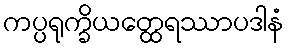
ကပ္ပရုက္ခိယတ္ထေရဿာပဒါနံ